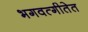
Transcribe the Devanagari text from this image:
भगवत्गीतेत